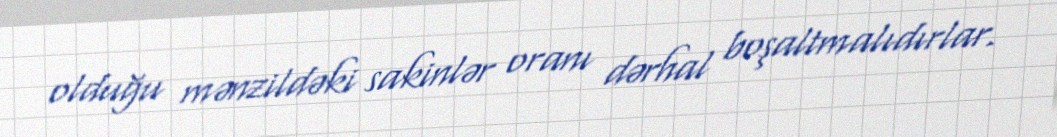
olduğu mənzildəki sakinlər oranı dərhal boşaltmalıdırlar.